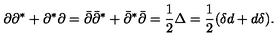
\partial \partial ^ { * } + \partial ^ { * } \partial = \bar { \partial } \bar { \partial } ^ { * } + \bar { \partial } ^ { * } \bar { \partial } = \frac 1 2 \Delta = \frac 1 2 ( \delta d + d \delta ) . \nonumber